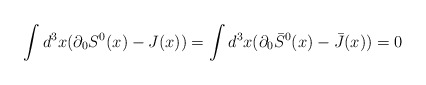
\begin{align*}\int d^{3}x (\partial_{0}S^{0}(x) - J(x)) = \int d^{3}x(\partial_{0}\bar{S}^{0}(x) - \bar{J}(x)) = 0\end{align*}